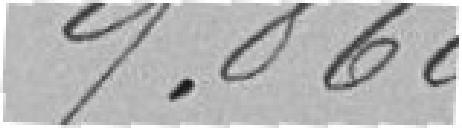
9.860